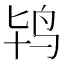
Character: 鸨